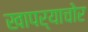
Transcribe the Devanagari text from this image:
खापर्‍याचोर